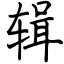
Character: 辑